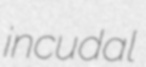
incudal